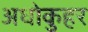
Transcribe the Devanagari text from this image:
अधोकुहर